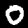
Digit: 0